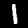
Digit: 1